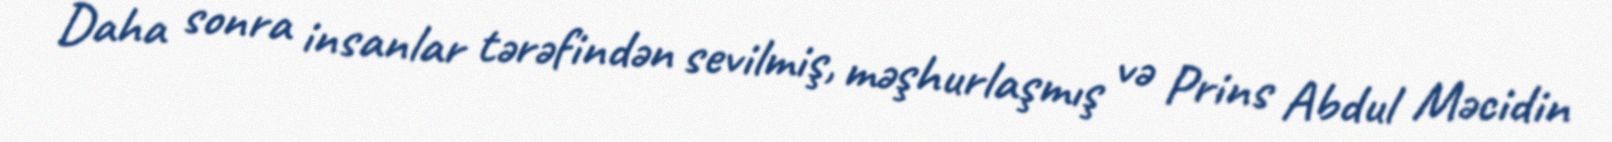
Daha sonra insanlar tərəfindən sevilmiş, məşhurlaşmış və Prins Abdul Məcidin